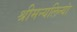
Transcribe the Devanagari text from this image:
श्रीमन्यलिन्यां